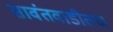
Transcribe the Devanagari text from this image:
सावंतवाडीतच